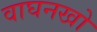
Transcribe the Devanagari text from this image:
वाघनखो